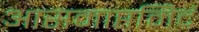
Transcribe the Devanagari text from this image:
आसमाप्तमिदं